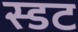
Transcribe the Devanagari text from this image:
स्डट